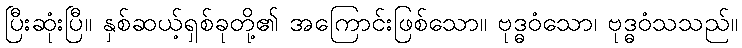
ပြီးဆုံးပြီ။ နှစ်ဆယ့်ရှစ်ခုတို့၏ အကြောင်းဖြစ်သော။ ဗုဒ္ဓဝံသော၊ ဗုဒ္ဓဝံသသည်။